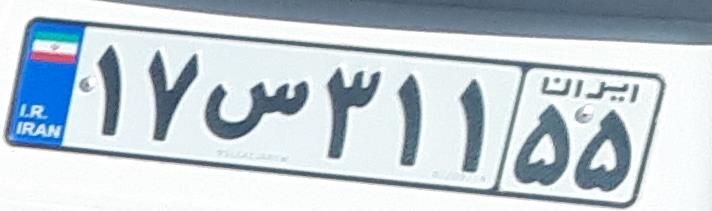
۱۷س۳۱۱۵۵